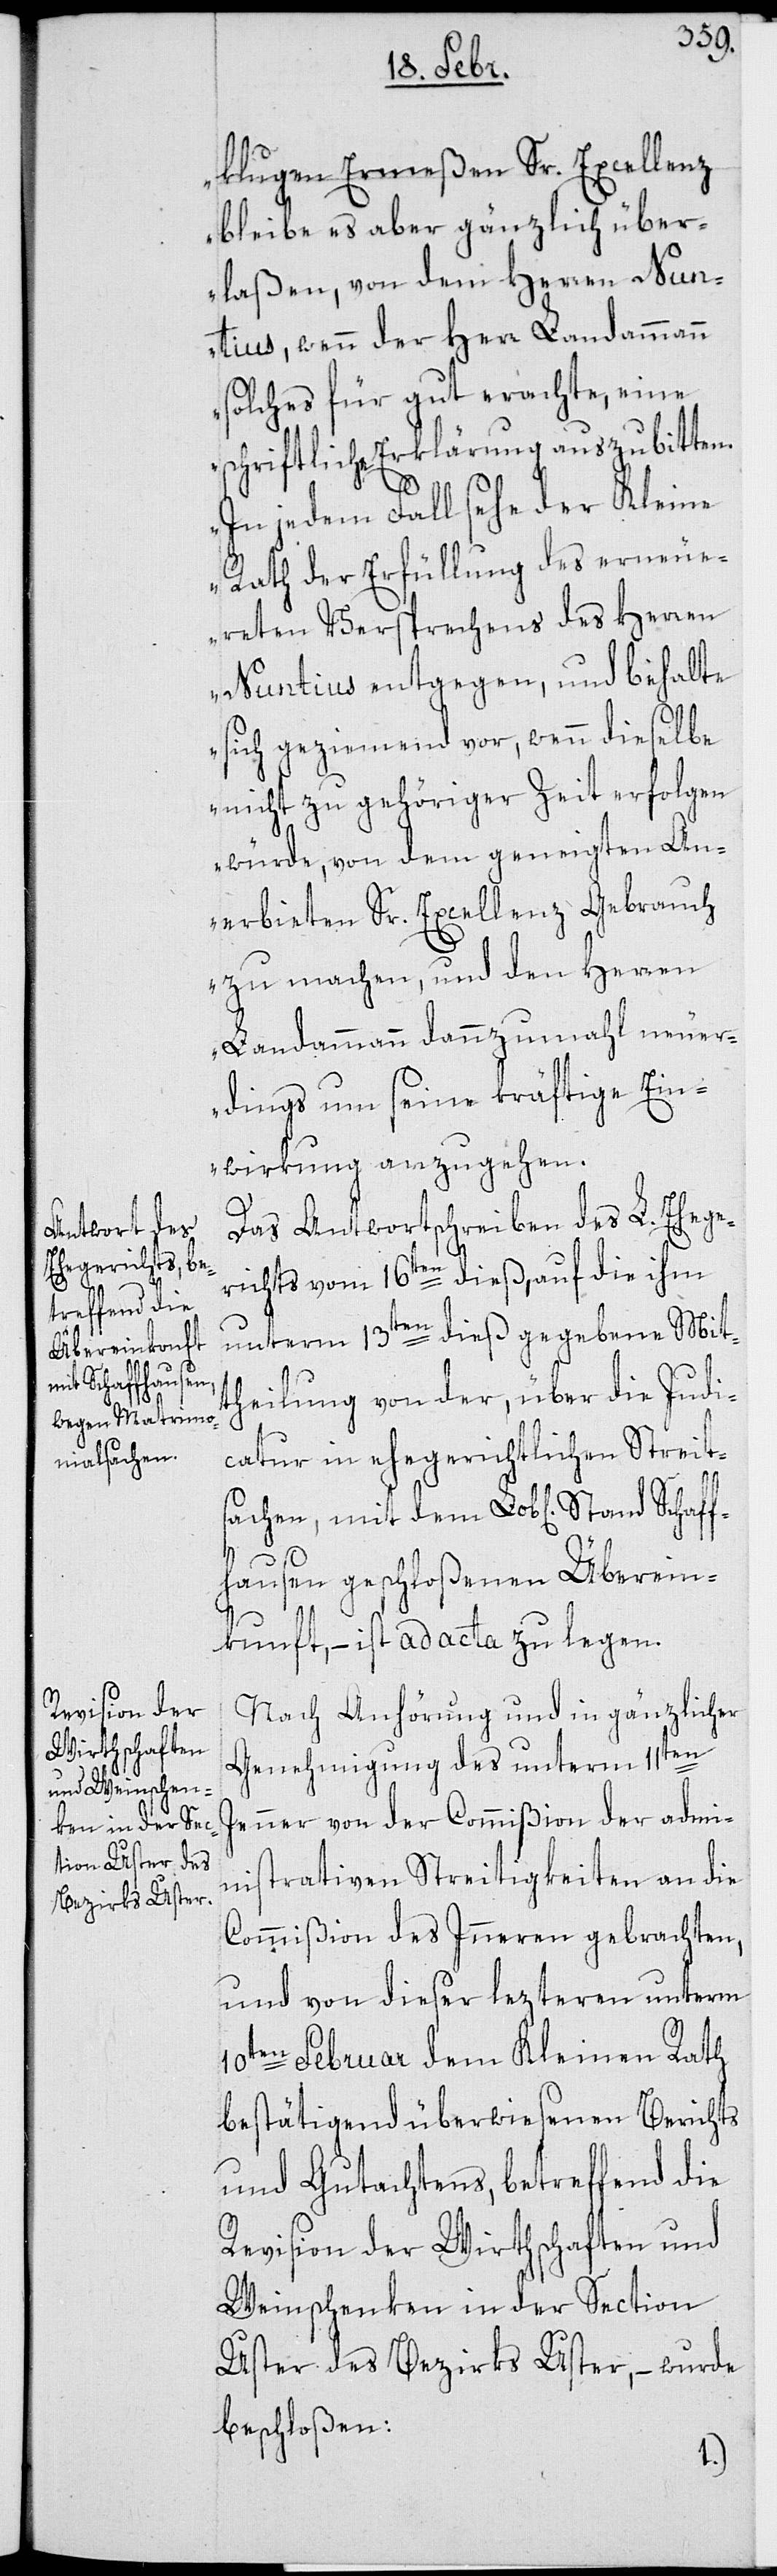
klugen Ermeßen Sr. Excellenz
bleibe es aber gänzlich über¬
laßen, von dem Herren Nun¬
tius, wenn der Herr Landammann
solches für gut erachte, eine
schriftliche Erklärung auszubitten.
In jedem Fall sehe der Kleine
Rath der Erfüllung des erneue¬
rten Versprechens des Herren
Nuntius entgegen, und behalte
sich geziemend vor, wenn dieselbe
nicht zu gehöriger Zeit erfolgen
würde, von dem geneigten An¬
erbieten Sr. Excellenz Gebrauch
zu machen, und den Herren
Landammann dannzumal neuer¬
dings um seine kräftige Ein¬
wirkung anzugehen.[“]
Das Antwortschreiben des L. Ehege¬
richts vom 16ten dieß, auf die ihm
unterm 13ten dieß gegebene Mit¬
theilung von der, über die Judi¬
catur in ehegerichtlichen Streit¬
sachen, mit dem Lob[lichen] Stand Schaf¬
fhausen geschloßenen Überein¬
kunft, – ist ad acta zu legen.
Nach Anhörung und in gänzlicher
Genehmigung des unterm 11ten
Jenner von der Commißion der admi¬
nistrativen Streitigkeiten an die
Commißion des Inneren gebrachten,
und von dieser lezteren unterm
10ten Februar dem Kleinen Rath
bestätigend überwiesenen Berichts
und Gutachtens, betreffend die
Revision der Wirthschaften und
Weinschenken in der Section
Uster des Bezirks Uster, – wurde
beschloßen: